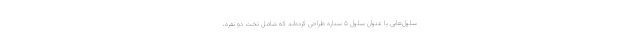
سلول‌هایی با عنوان سلول ۵ ستاره طراحی کرده‌اند که شامل تخت دو نفره،